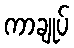
ကာချုပ်